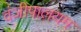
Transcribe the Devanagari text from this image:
वंजीपालयम